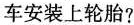
车安装上轮胎？